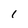
Character: l